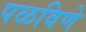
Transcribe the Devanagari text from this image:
पळविणे